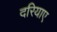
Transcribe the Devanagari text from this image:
दरियाए